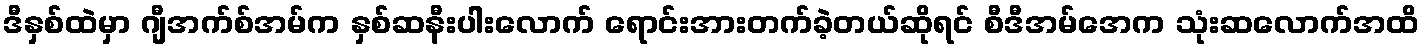
ဒီနှစ်ထဲမှာ ဂျီအက်စ်အမ်က နှစ်ဆနီးပါးလောက် ရောင်းအားတက်ခဲ့တယ်ဆိုရင် စီဒီအမ်အေက သုံးဆလောက်အထိ